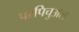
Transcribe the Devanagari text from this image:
परपिचुअल